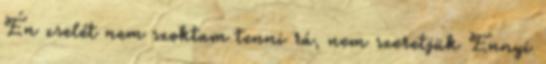
Én zselét nem szoktam tenni rá, nem szeretjük Ennyi